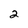
Character: 2